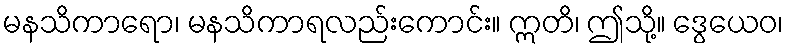
မနသိကာရော၊ မနသိကာရလည်းကောင်း။ ဣတိ၊ ဤသို့။ ဒွေယေဝ၊